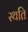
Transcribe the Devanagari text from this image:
स्‍थति